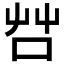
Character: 𠱭